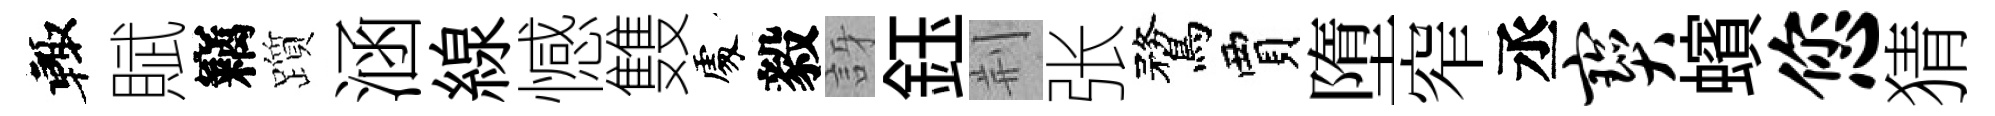
輙賦竊躓涵線憾䨇𠁅毅訝鈺荆张鶩賈墮窄丞宝蠙您猜